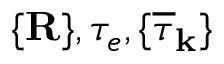
\{ { \bf R } \} , \tau _ { e } , \{ \overline { { \tau } } _ { \bf k } \}